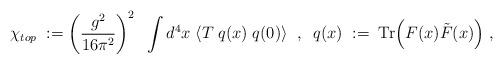
LaTeX: \begin{align*}\chi_{top} \; := \left( \frac{g^2}{16 \pi^2} \right)^2 \; \;\int d^4x \;\langle T \; q(x) \; q(0) \rangle \; \; , \; \;q(x) \; := \;\mbox{Tr} \Big( F(x) \tilde{F} (x)\Big) \; ,\end{align*}